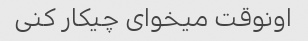
اونوقت میخوای چیکار کنی